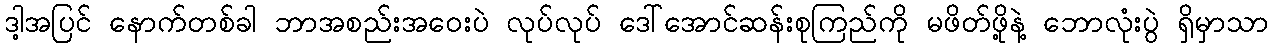
ဒါ့အပြင် နောက်တစ်ခါ ဘာအစည်းအဝေးပဲ လုပ်လုပ် ဒေါ်အောင်ဆန်းစုကြည်ကို မဖိတ်ဖို့နဲ့ ဘောလုံးပွဲ ရှိမှာသာ